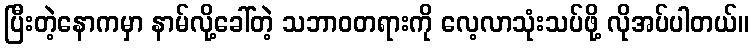
ပြီးတဲ့နောကမှာ နာမ်လို့ခေါ်တဲ့ သဘာဝတရားကို လေ့လာသုံးသပ်ဖို့ လိုအပ်ပါတယ်။